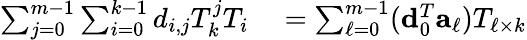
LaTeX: \begin{array}{rl}{\sum_{j=0}^{m-1}\sum_{i=0}^{k-1}d_{i,j}T_{k}^{j}T_{i}}&{{}=\sum_{\ell=0}^{m-1}({\mathbf d}_{0}^{T}{\mathbf a}_{\ell})T_{\ell\times k}}\end{array}